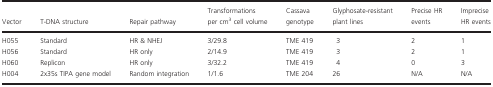
<table><thead><tr><td><b>Vector</b></td><td><b>T‐DNA structure</b></td><td><b>Repair pathway</b></td><td><b>Transformations per cm<sup>3</sup> cell volume</b></td><td><b>Cassava genotype</b></td><td><b>Glyphosate‐resistant plant lines</b></td><td><b>Precise HR events</b></td><td><b>Imprecise HR events</b></td></tr></thead><tbody><tr><td>H055</td><td>Standard</td><td>HR &amp; NHEJ</td><td>3/29.8</td><td>TME 419</td><td>3</td><td>2</td><td>1</td></tr><tr><td>H056</td><td>Standard</td><td>HR only</td><td>2/14.9</td><td>TME 419</td><td>3</td><td>2</td><td>1</td></tr><tr><td>H060</td><td>Replicon</td><td>HR only</td><td>3/32.2</td><td>TME 419</td><td>4</td><td>0</td><td>3</td></tr><tr><td>H004</td><td>2x35s TIPA gene model</td><td>Random integration</td><td>1/1.6</td><td>TME 204</td><td>26</td><td>N/A</td><td>N/A</td></tr></tbody></table>